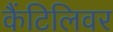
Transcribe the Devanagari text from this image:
कैंटिलिवर